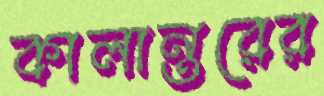
কালান্তরের